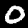
Digit: 0